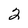
Character: 2